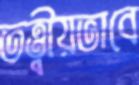
তত্ত্বীয়ভাবে